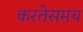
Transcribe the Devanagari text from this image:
करतेसमय